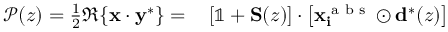
\begin{array} { r l } { \mathscr { P } ( z ) = \frac { 1 } { 2 } \Re \{ \mathbf { x } \cdot \mathbf { y } ^ { * } \} = } & { { } \left[ \mathbb { 1 } + \mathbf { S } ( z ) \right] \cdot \left[ \mathbf { x _ { i } ^ { \textrm { a b s } } } \odot \mathbf { d } ^ { * } ( z ) \right] } \end{array}